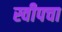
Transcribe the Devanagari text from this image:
स्वीपचा